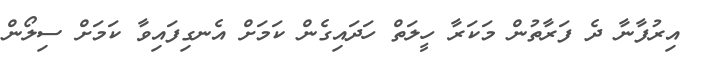
އިރުފާނާ ދެ ފަރާތުން މަކަރާ ހީލަތް ހަދައިގެން ކަމަށް އެނގިފައިވާ ކަމަށް ސިލޯން